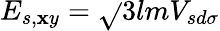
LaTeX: E_{s,\mathbf{x}y}={\sqrt{}{{3}}}lmV_{sd\sigma}